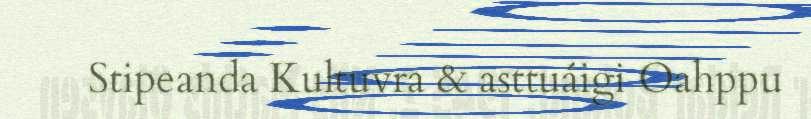
Stipeanda Kultuvra & asttuáigi Oahppu